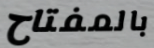
بالمفتاح